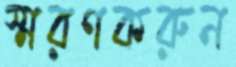
স্মরণকরুন